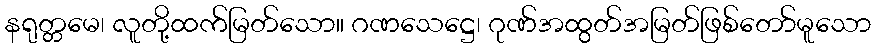
နရုတ္တမေ၊ လူတို့ထက်မြတ်သော။ ဂဏသေဋ္ဌေ၊ ဂုဏ်အထွတ်အမြတ်ဖြစ်တော်မူသော